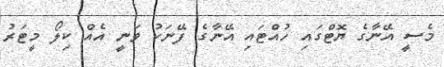
މެސީ އޭނާގެ ޔޮޓްގައި ހުއްޓައި އޭނާގެ ފޭނަކު ވަނީ އެއް ކިލޯ މީޓަރު